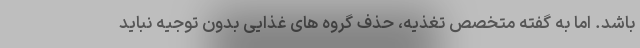
باشد. اما به گفته متخصص تغذیه، حذف گروه های غذایی بدون توجیه نباید